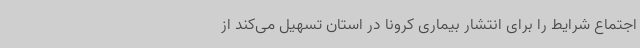
اجتماع شرایط را برای انتشار بیماری کرونا در استان تسهیل می‌کند از